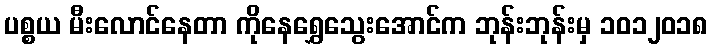
ပစ္စယ မီးလောင်နေတာ ကိုနေရွှေသွေးအောင်က ဘုန်းဘုန်းမှ ၁၀၁၂၀၁၈